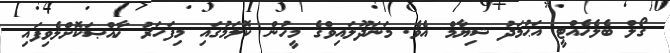
ގޯލް ބެލެހެއްޓީ އަޙުމަދު ޝިޔާމް އެވެ. މަނަދޫލައިވްގެ މީހުން ކޮލަމުގައި މިފަހަރު ޚާއްޞަކޮށްލެވިފައި